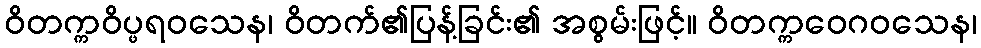
ဝိတက္ကဝိပ္ဖရဝသေန၊ ဝိတက်၏ပြန့်ခြင်း၏ အစွမ်းဖြင့်။ ဝိတက္ကဝေဂဝသေန၊